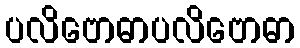
ပလိဗောဓာပလိဗောဓာ